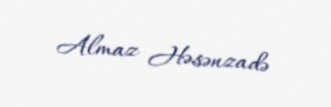
Almaz Həsənzadə